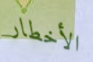
الأخطار